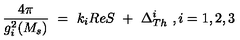
{ \frac { 4 \pi } { g _ { i } ^ { 2 } ( M _ { s } ) } } \ = \ k _ { i } R e S \ + \ \Delta _ { T h } ^ { i } \ , i = 1 , 2 , 3